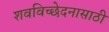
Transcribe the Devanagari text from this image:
शवविच्छेदनासाठी